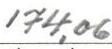
174,06